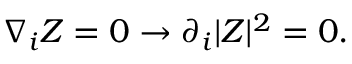
\nabla _ { i } Z = 0 \rightarrow \partial _ { i } \vert Z \vert ^ { 2 } = 0 .